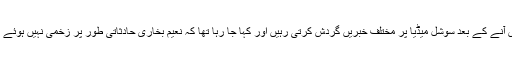
نعیم بخاری کے ساتھ یہ حادثہ پیش آنے کے بعد سوشل میڈیا پر مختلف خبریں گردش کرتی رہیں اور کہا جا رہا تھا کہ نعیم بخاری حادثاتی طور پر زخمی نہیں ہوئے بلکہ ان پر قاتلانہ حملہ کیا گیا ہے۔